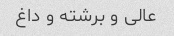
عالی و برشته و داغ